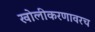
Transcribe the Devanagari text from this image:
खोलीकरणावरच